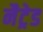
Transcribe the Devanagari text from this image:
नैट्रेड